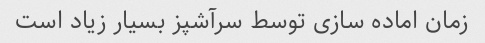
زمان اماده سازی توسط سرآشپز بسیار زیاد است